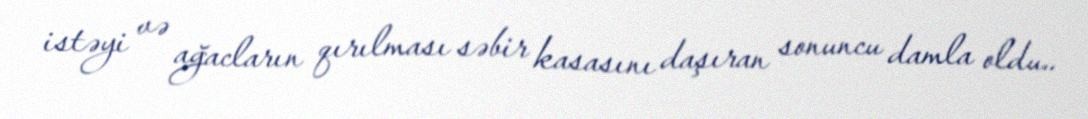
istəyi və ağacların qırılması səbir kasasını daşıran sonuncu damla oldu..